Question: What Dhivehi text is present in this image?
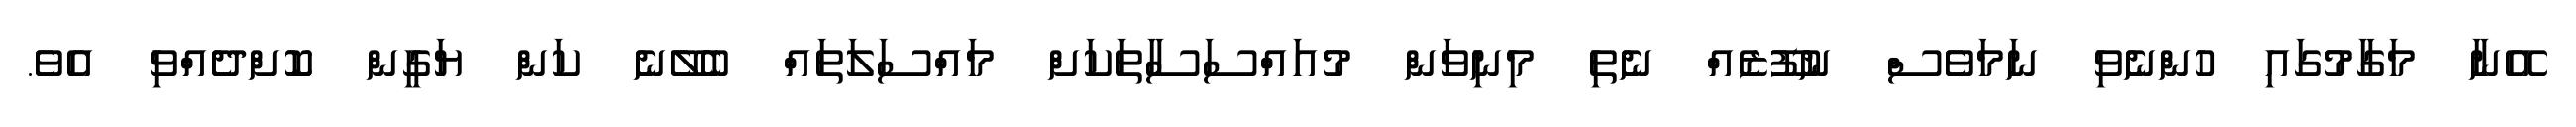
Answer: އޭނާ މަގާމުގައި ހުންނެވި ނަމަވެސް ނުފޫޒެއް ނެތި މިނިވަން މުއައްސަސާތަކަށް މައްސަލަތައް ބެލޭނެ ކަން ޔަގީން ކޮށްދެއްވި އެވެ.